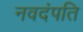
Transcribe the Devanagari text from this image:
नवदंपति